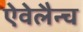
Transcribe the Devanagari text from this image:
ऐवेलैन्च